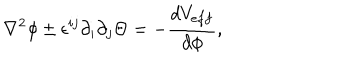
\nabla ^ { 2 } \phi \pm \epsilon ^ { i j } \partial _ { i } \partial _ { j } \Theta = - \frac { d V _ { e f f } } { d \phi } ,